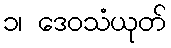
၁၊ ဒေဝသံယုတ်